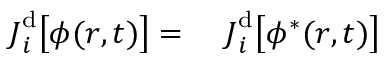
\begin{array} { r l } { \boldsymbol { J } _ { i } ^ { \mathrm { d } } \big [ { \phi } ( \boldsymbol { r } , t ) \big ] = } & { { } ~ \boldsymbol { J } _ { i } ^ { \mathrm { d } } \big [ { \phi } ^ { * } ( \boldsymbol { r } , t ) \big ] } \end{array}